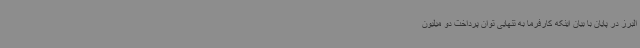
البرز در پایان با بیان اینکه کارفرما به تنهایی توان پرداخت دو میلیون